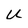
Character: U